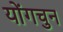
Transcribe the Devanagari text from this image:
योंगचुन